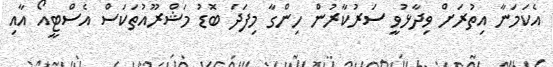
އެކަމަނާ އިތުރަށް ވިދާޅުވީ ސަރުކާރުން ހިންގާ މިފަދަ ބޮޑު މަޝްރޫއުތަކަސް އެސްޓީއޯ އާއި